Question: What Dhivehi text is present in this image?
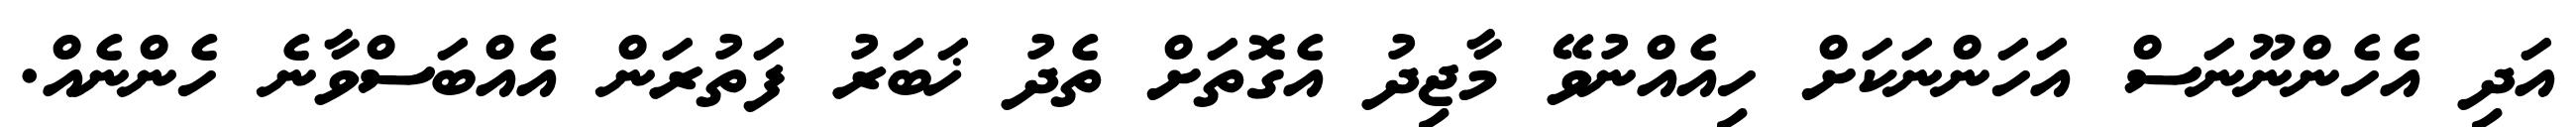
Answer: އަދި އެހެންނޫނަސް އަހަންނަކަށް ހިއެއްނުވޭ މާޖިދު އެގޮތަށް ތެދު ޚަބަރު ފަތުރަން އެއްބަސްވާނެ ހެންނެއް.